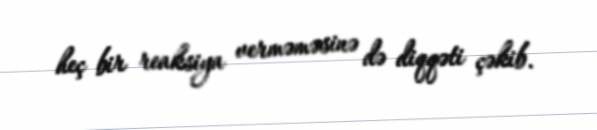
heç bir reaksiya verməməsinə də diqqəti çəkib.